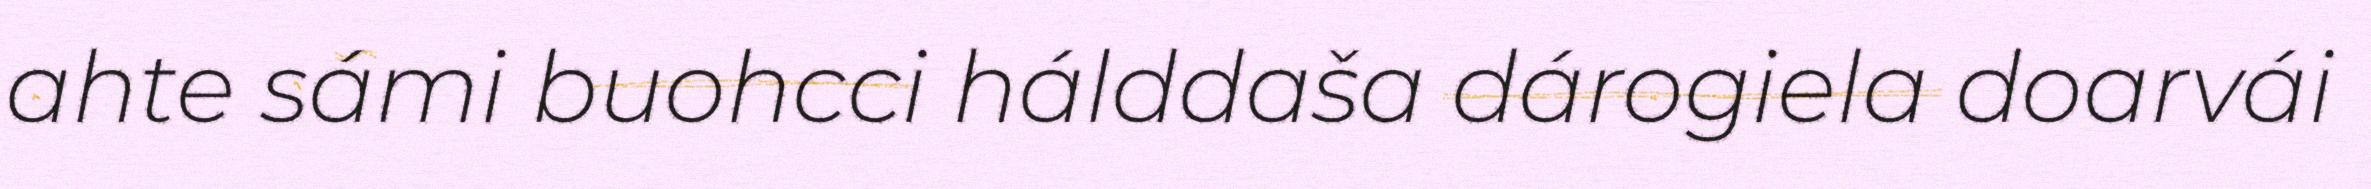
ahte sámi buohcci hálddaša dárogiela doarvái